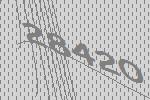
28420